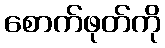
စောက်ဖုတ်ကို